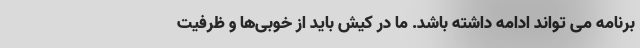
برنامه می تواند ادامه داشته باشد. ما در کیش باید از خوبی‌ها و ظرفیت